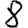
Digit: 8